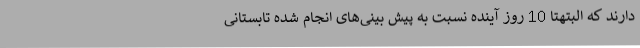
دارند که البتهتا 10 روز آینده نسبت به پیش بینی‌های انجام شده تابستانی